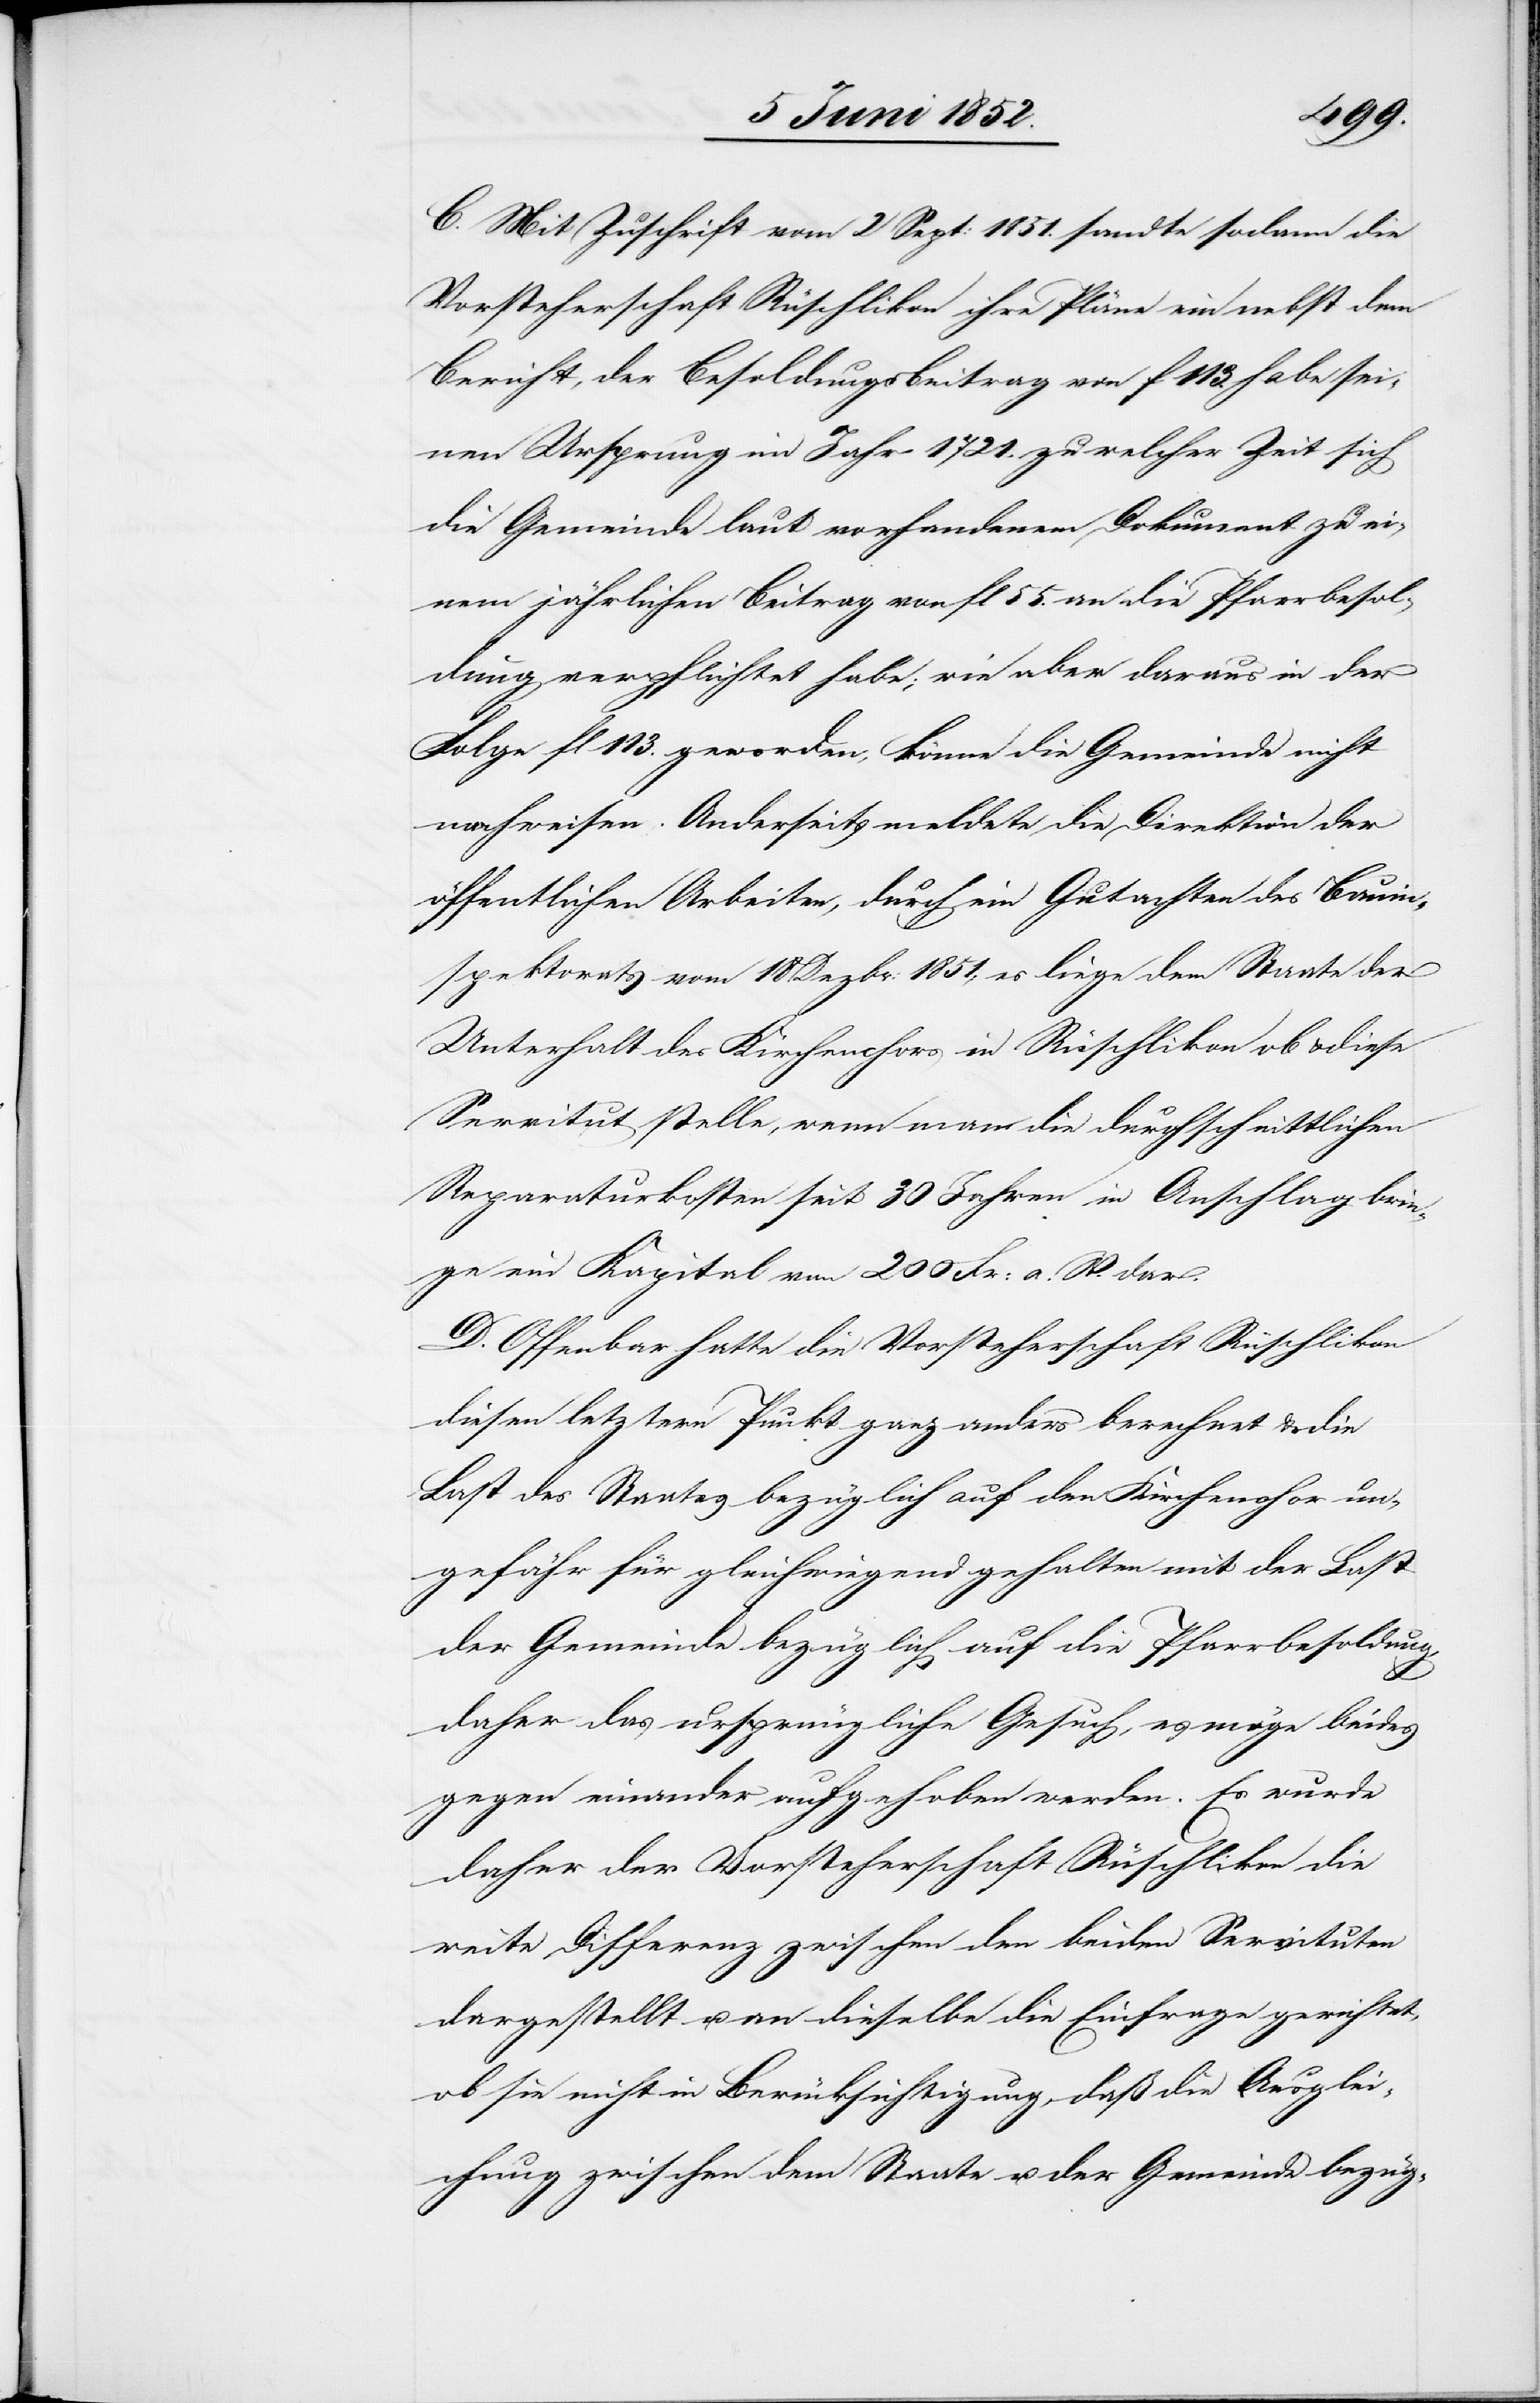
C. Mit Zuschrift vom 2 Sept: 1851. sandte sodann die
Vorsteherschaft Rüschlikon ihre Pläne ein nebst dem
Bericht, der Besoldungsbeitrag von f 113. habe sei¬
nen Ursprung im Jahr 1721. zu welcher Zeit sich
die Gemeinde laut vorhandenem Dokument zu ei¬
nem jährlichen Beitrag von fl 55. an die Pfarrbesol¬
dung verpflichtet habe; wie aber daraus in der
Folge fl 113. geworden, könne die Gemeinde nicht
nachweisen. Anderseits meldete die Direktion der
öffentlichen Arbeiten, durch ein Gutachten des Bauin¬
spektorats vom 18 Dezbr: 1851, es liege dem Staate der
Unterhalt des Kirchenchors in Rüschlikon ob & diese
Servitut stelle, wenn man die durchschnittlichen
Reparaturkosten seit 30 Jahren in Anschlag brin¬
ge ein Kapital von 200 Fr: a. W. dar.
D. Offenbar hatte die Vorsteherschaft Rüschlikon
diesen letztern Punkt ganz anders berechnet & die
Last des Staates bezüglich auf den Kirchenchor un¬
gefähr für gleichwiegend gehalten mit der Last
der Gemeinde bezüglich auf die Pfarrbesoldung,
daher das ursprüngliche Gesuch, es möge beides
gegen einander aufgehoben werden. Es wurde
daher der Vorsteherschaft Rüschlikon die
weite Differenz zwischen den beiden Servituten
dargestellt u. an dieselbe die Einfrage gerichtet,
ob sie nicht in Berücksichtigung, daß die Ausglei¬
chung zwischen dem Staate u. der Gemeinde bezüg-